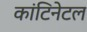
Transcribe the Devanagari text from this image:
कांटिनेटल